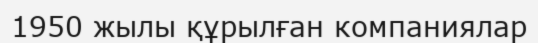
1950 жылы құрылған компаниялар